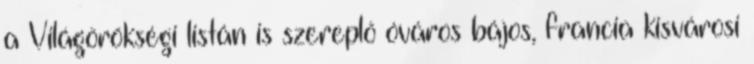
a Világörökségi listán is szereplő óváros bájos, francia kisvárosi